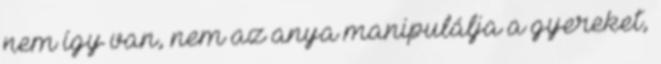
nem így van, nem az anya manipulálja a gyereket,